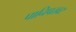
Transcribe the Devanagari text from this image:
पानिपतवर